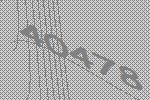
40478